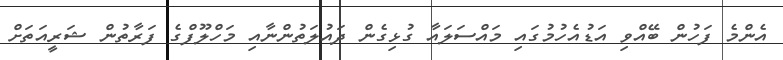
އެންމެ ފަހުން ބޭއްވި އަޑުއެހުމުގައި މައްސަލައާ ގުޅިގެން ދައުލަތުންނާއި މަހްލޫފްގެ ފަރާތުން ޝަރީއަތަށް